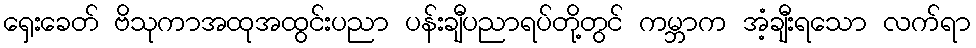
ရှေးခေတ် ဗိသုကာအထုအထွင်းပညာ ပန်းချီပညာရပ်တို့တွင် ကမ္ဘာက အံ့ချီးရသော လက်ရာ